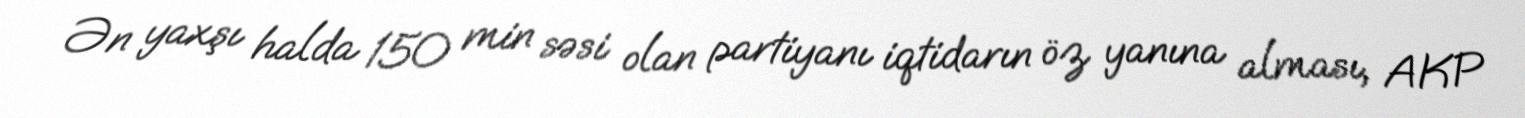
Ən yaxşı halda 150 min səsi olan partiyanı iqtidarın öz yanına alması, AKP